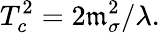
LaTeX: T_{c}^{2}=2\mathfrak{m}_{\sigma}^{2}/\lambda.